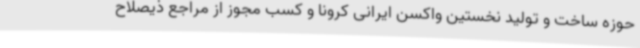
حوزه ساخت و تولید نخستین واکسن ایرانی کرونا و کسب مجوز از مراجع ذیصلاح